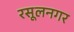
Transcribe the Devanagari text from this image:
रसूलनगर